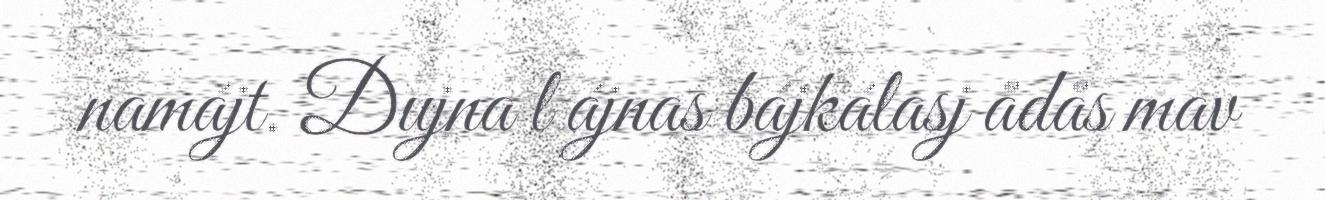
namájt. Dujna l ájnas bájkálasj ådås mav